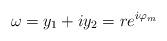
LaTeX: \begin{align*} \omega = y_1 + i y_2 = r e^{i \varphi_m} \end{align*}